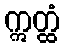
ဣတ္ထံ